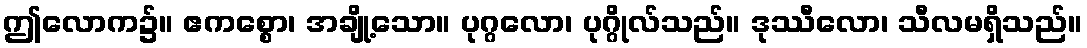
ဤလောက၌။ ဧကစ္စော၊ အချို့သော။ ပုဂ္ဂလော၊ ပုဂ္ဂိုလ်သည်။ ဒုဿီလော၊ သီလမရှိသည်။